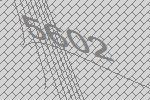
5602